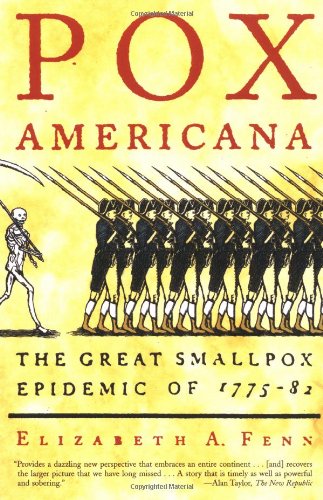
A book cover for Pox Americana: The Great Smallpox Epidemic of 1775-82; Elizabeth A. Fenn; Medical Books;